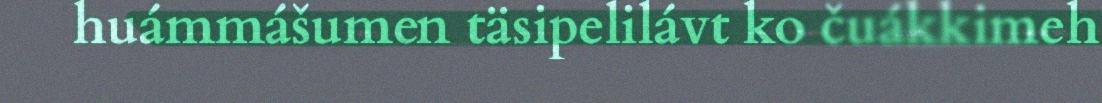
huámmášumen täsipelilávt ko čuákkimeh